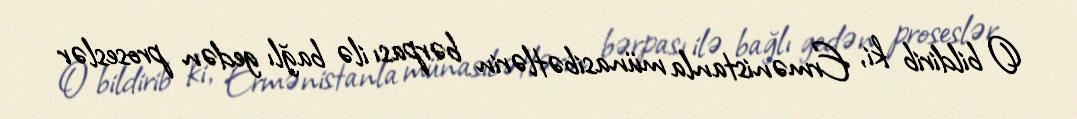
O bildirib ki, Ermənistanla münasibətlərin bərpası ilə bağlı gedən proseslər